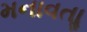
મનાવતાૢ